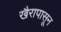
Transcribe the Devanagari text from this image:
खैरापासून